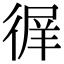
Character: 𢔦